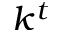
k ^ { t }